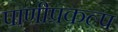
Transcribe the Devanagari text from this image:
पाणीप्रकल्प